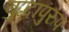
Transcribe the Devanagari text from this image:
बुद्धापुरुप